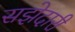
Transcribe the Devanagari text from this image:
सझेदारी